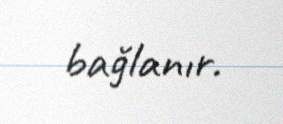
bağlanır.